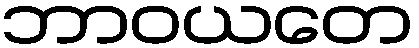
ဘာဝယတေ